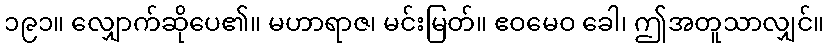
၁၉၁။ လျှောက်ဆိုပေ၏။ မဟာရာဇ၊ မင်းမြတ်။ ဧဝမေဝ ခေါ၊ ဤအတူသာလျှင်။